Enquiry on enteric fever in India - Number 32
Disease focus: Fever
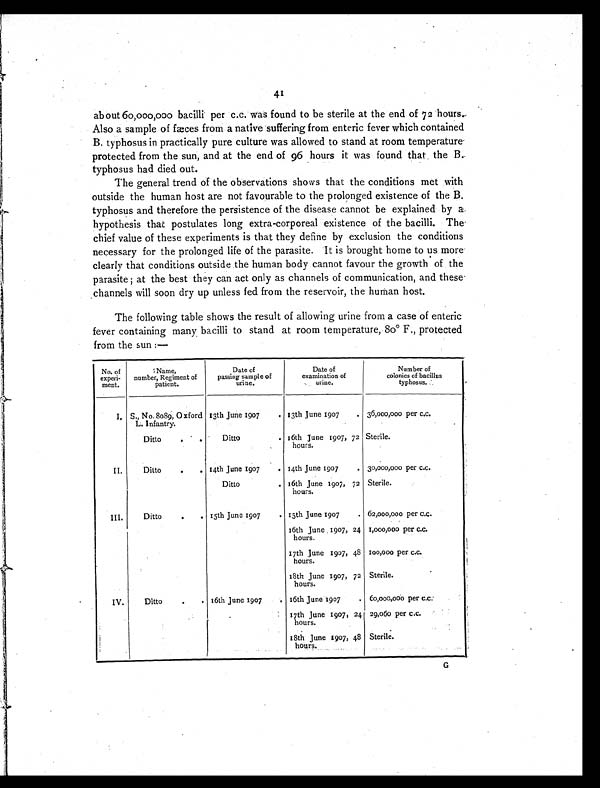
4 1
about 60,000,000 bacilli per c.c. was found to be sterile at the end of 72 hours.
Also a sample of fæces from a native suffering from enteric fever which contained
B. typhosus in practically pure culture was allowed to stand at room temperature
protected from the sun, and at the end of 96 hours it was found that the B.
typhosus had died out.
The general trend of the observations shows that the conditions met with
outside the human host are not favourable to the prolonged existence of the B.
typhosus and therefore the persistence of the disease cannot be explained by a
hypothesis that postulates long extra-corporeal existence of the bacilli. The
chief value of these experiments is that they define by exclusion the conditions
necessary for the prolonged life of the parasite. It is brought home to us more
clearly that conditions outside the human body cannot favour the growth of the
parasite ; at the best they can act only as channels of communication, and these
channels will soon dry up unless fed from the reservoir, the human host.
The following table shows the result of allowing urine from a case of enteric
fever containing many bacilli to stand at room temperature, 80º F., protected
from the sun :—
No. of
experi-
ment.
Name,
number, Regiment of
patient.
Date of
passing sample of
urine.
Date of
examination of
urine.
Number of
colonies of bacillus
typhosus.
I. S., No, 8089, Oxford
L. Infantry.
13th June 1907
. 13th June 1907
. 36,000,000 per c.c.
Ditto
.
.
Ditto
. 16th June 1907, 72
hours.
Sterile.
II.
Ditto
.
. 14th June 1907
. 14th June 1907
. 30,000,000 per c.c.
Ditto
. 16th June 1907, 72
hours.
Sterile.
III.
Ditto
. . 15th June 1907
. 15th June 1907
. 62,000,000 per c.c.
16th June 1907, 24
hours.
1,000,000 per c.c.
17th June 1907, 48
hours.
100,000 per c.c.
18th June 1907, 72
hours.
Sterile.
IV.
Ditto
. . 16th June 1907
. 16th June 1907
. 60,000,000 per c.c.
17th June 1907, 24
hours.
29,060 per c.c.
18th June 1907, 48
hours.
Sterile.
G